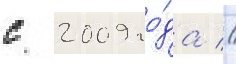
с 2009 го́да //